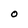
Character: O